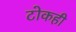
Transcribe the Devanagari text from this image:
टोकही